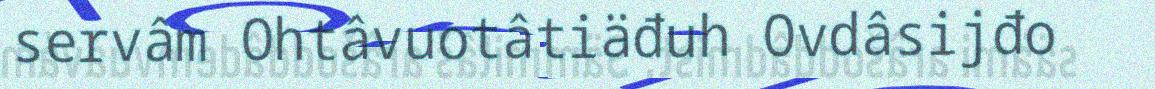
servâm Ohtâvuotâtiäđuh Ovdâsijđo